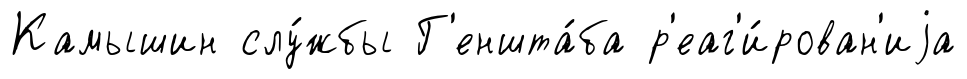
Камышин слу́жбы Г'еншта́ба р'еаг'и́рован'иjа